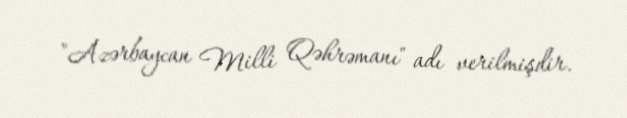
"Azərbaycan Milli Qəhrəmanı" adı verilmişdir.